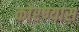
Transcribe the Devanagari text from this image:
कोरण्यास